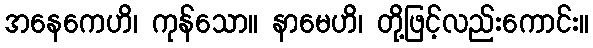
အနေကေဟိ၊ ကုန်သော။ နာမေဟိ၊ တို့ဖြင့်လည်းကောင်း။